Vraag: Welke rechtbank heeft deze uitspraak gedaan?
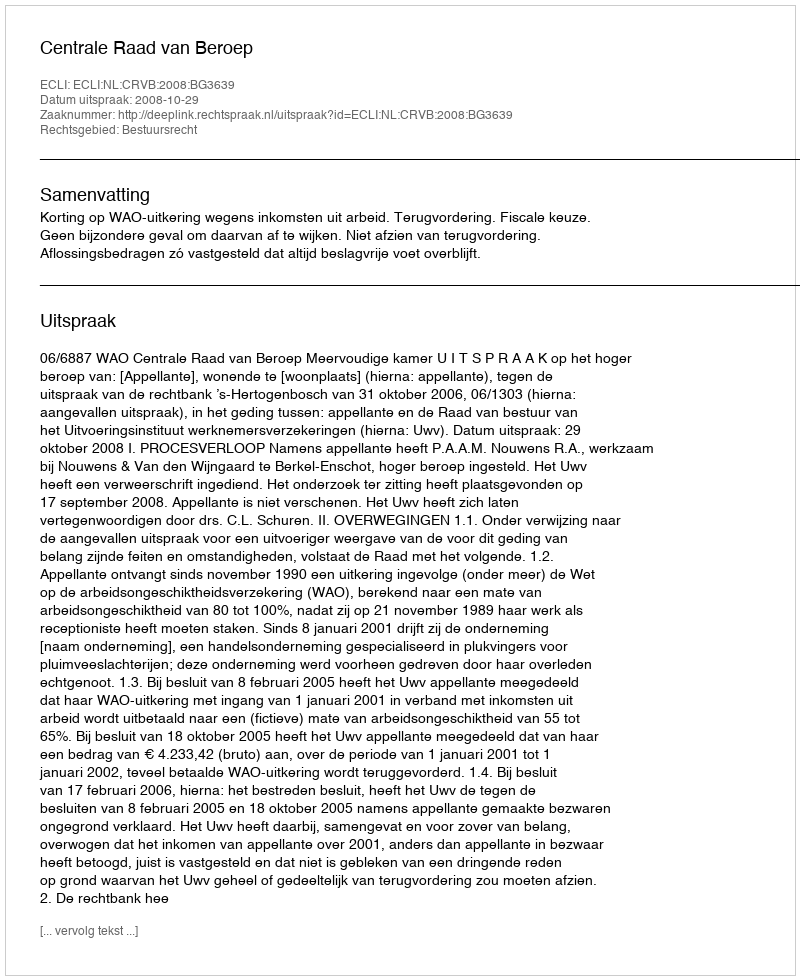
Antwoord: Centrale Raad van Beroep